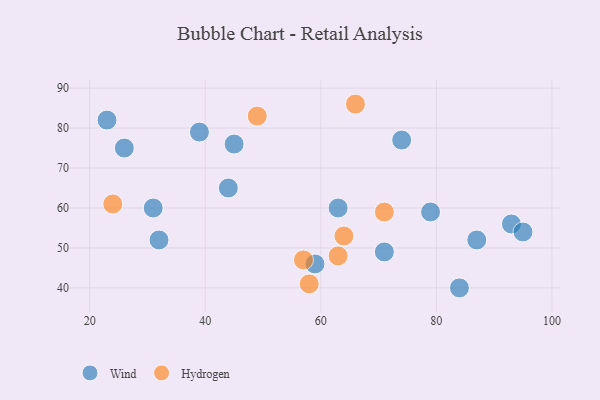
{"axis": {"x": "GDP", "y": "Life Expectancy"}, "legend": ["Hydrogen", "Wind"], "data": [{"x": "93", "y": 56, "type": "Wind"}, {"x": "71", "y": 49, "type": "Wind"}, {"x": "87", "y": 52, "type": "Wind"}, {"x": "39", "y": 79, "type": "Wind"}, {"x": "44", "y": 65, "type": "Wind"}, {"x": "26", "y": 75, "type": "Wind"}, {"x": "63", "y": 60, "type": "Wind"}, {"x": "84", "y": 40, "type": "Wind"}, {"x": "74", "y": 77, "type": "Wind"}, {"x": "23", "y": 82, "type": "Wind"}, {"x": "31", "y": 60, "type": "Wind"}, {"x": "45", "y": 76, "type": "Wind"}, {"x": "79", "y": 59, "type": "Wind"}, {"x": "59", "y": 46, "type": "Wind"}, {"x": "95", "y": 54, "type": "Wind"}, {"x": "32", "y": 52, "type": "Wind"}, {"x": "64", "y": 53, "type": "Hydrogen"}, {"x": "66", "y": 86, "type": "Hydrogen"}, {"x": "58", "y": 41, "type": "Hydrogen"}, {"x": "57", "y": 47, "type": "Hydrogen"}, {"x": "71", "y": 59, "type": "Hydrogen"}, {"x": "49", "y": 83, "type": "Hydrogen"}, {"x": "24", "y": 61, "type": "Hydrogen"}, {"x": "63", "y": 48, "type": "Hydrogen"}]}